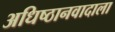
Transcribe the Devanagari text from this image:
अधिष्ठानवादाला